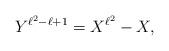
LaTeX: \begin{align*} Y^{\ell^2-\ell+1}=X^{\ell^2}-X, \end{align*}